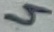
Text: 4